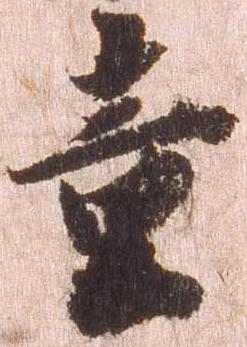
童